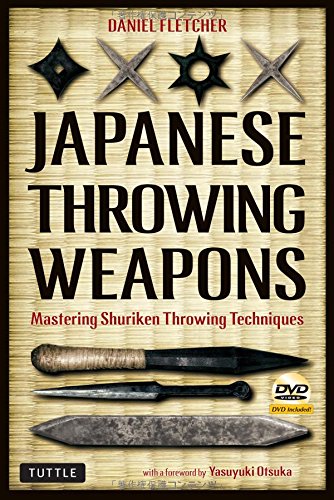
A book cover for Japanese Throwing Weapons: Mastering Shuriken Throwing Techniques [DVD Included]; Daniel Fletcher; History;